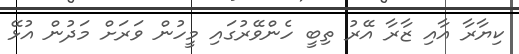
ކިޔާރާ އާއި ޒާރާ އޭރު ތިބީ ހެންވޭރުގައި މީހުން ވަރަށް މަދުން އުޅޭ